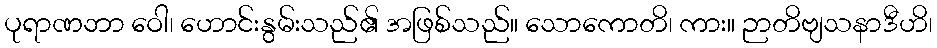
ပုရာဏဘာ ဝေါ၊ ဟောင်းနွမ်းသည်၏ အဖြစ်သည်။ သောကောတိ၊ ကား။ ဉာတိဗျသနာဒီဟိ၊